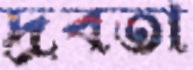
দ্রবতা